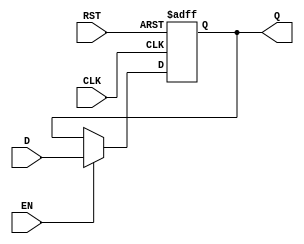
module output_register #(
    parameter WIDTH = 8  // Parameter for the bit-width of the register
)(
    input  wire [WIDTH-1:0] D,    // Data input
    input  wire CLK,                // Clock input
    input  wire RST,                // Reset input
    input  wire EN,                 // Enable input
    output reg  [WIDTH-1:0] Q       // Data output
);

// Asynchronous reset implementation
always @(posedge CLK or posedge RST) begin
    if (RST) begin
        Q <= {WIDTH{1'b0}};          // Reset Q to 0
    end else if (EN) begin
        Q <= D;                     // Capture input data D on clock edge if enabled
    end
    // If RST is not asserted and EN is not asserted, Q retains its previous value
end

endmodule